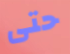
حتى